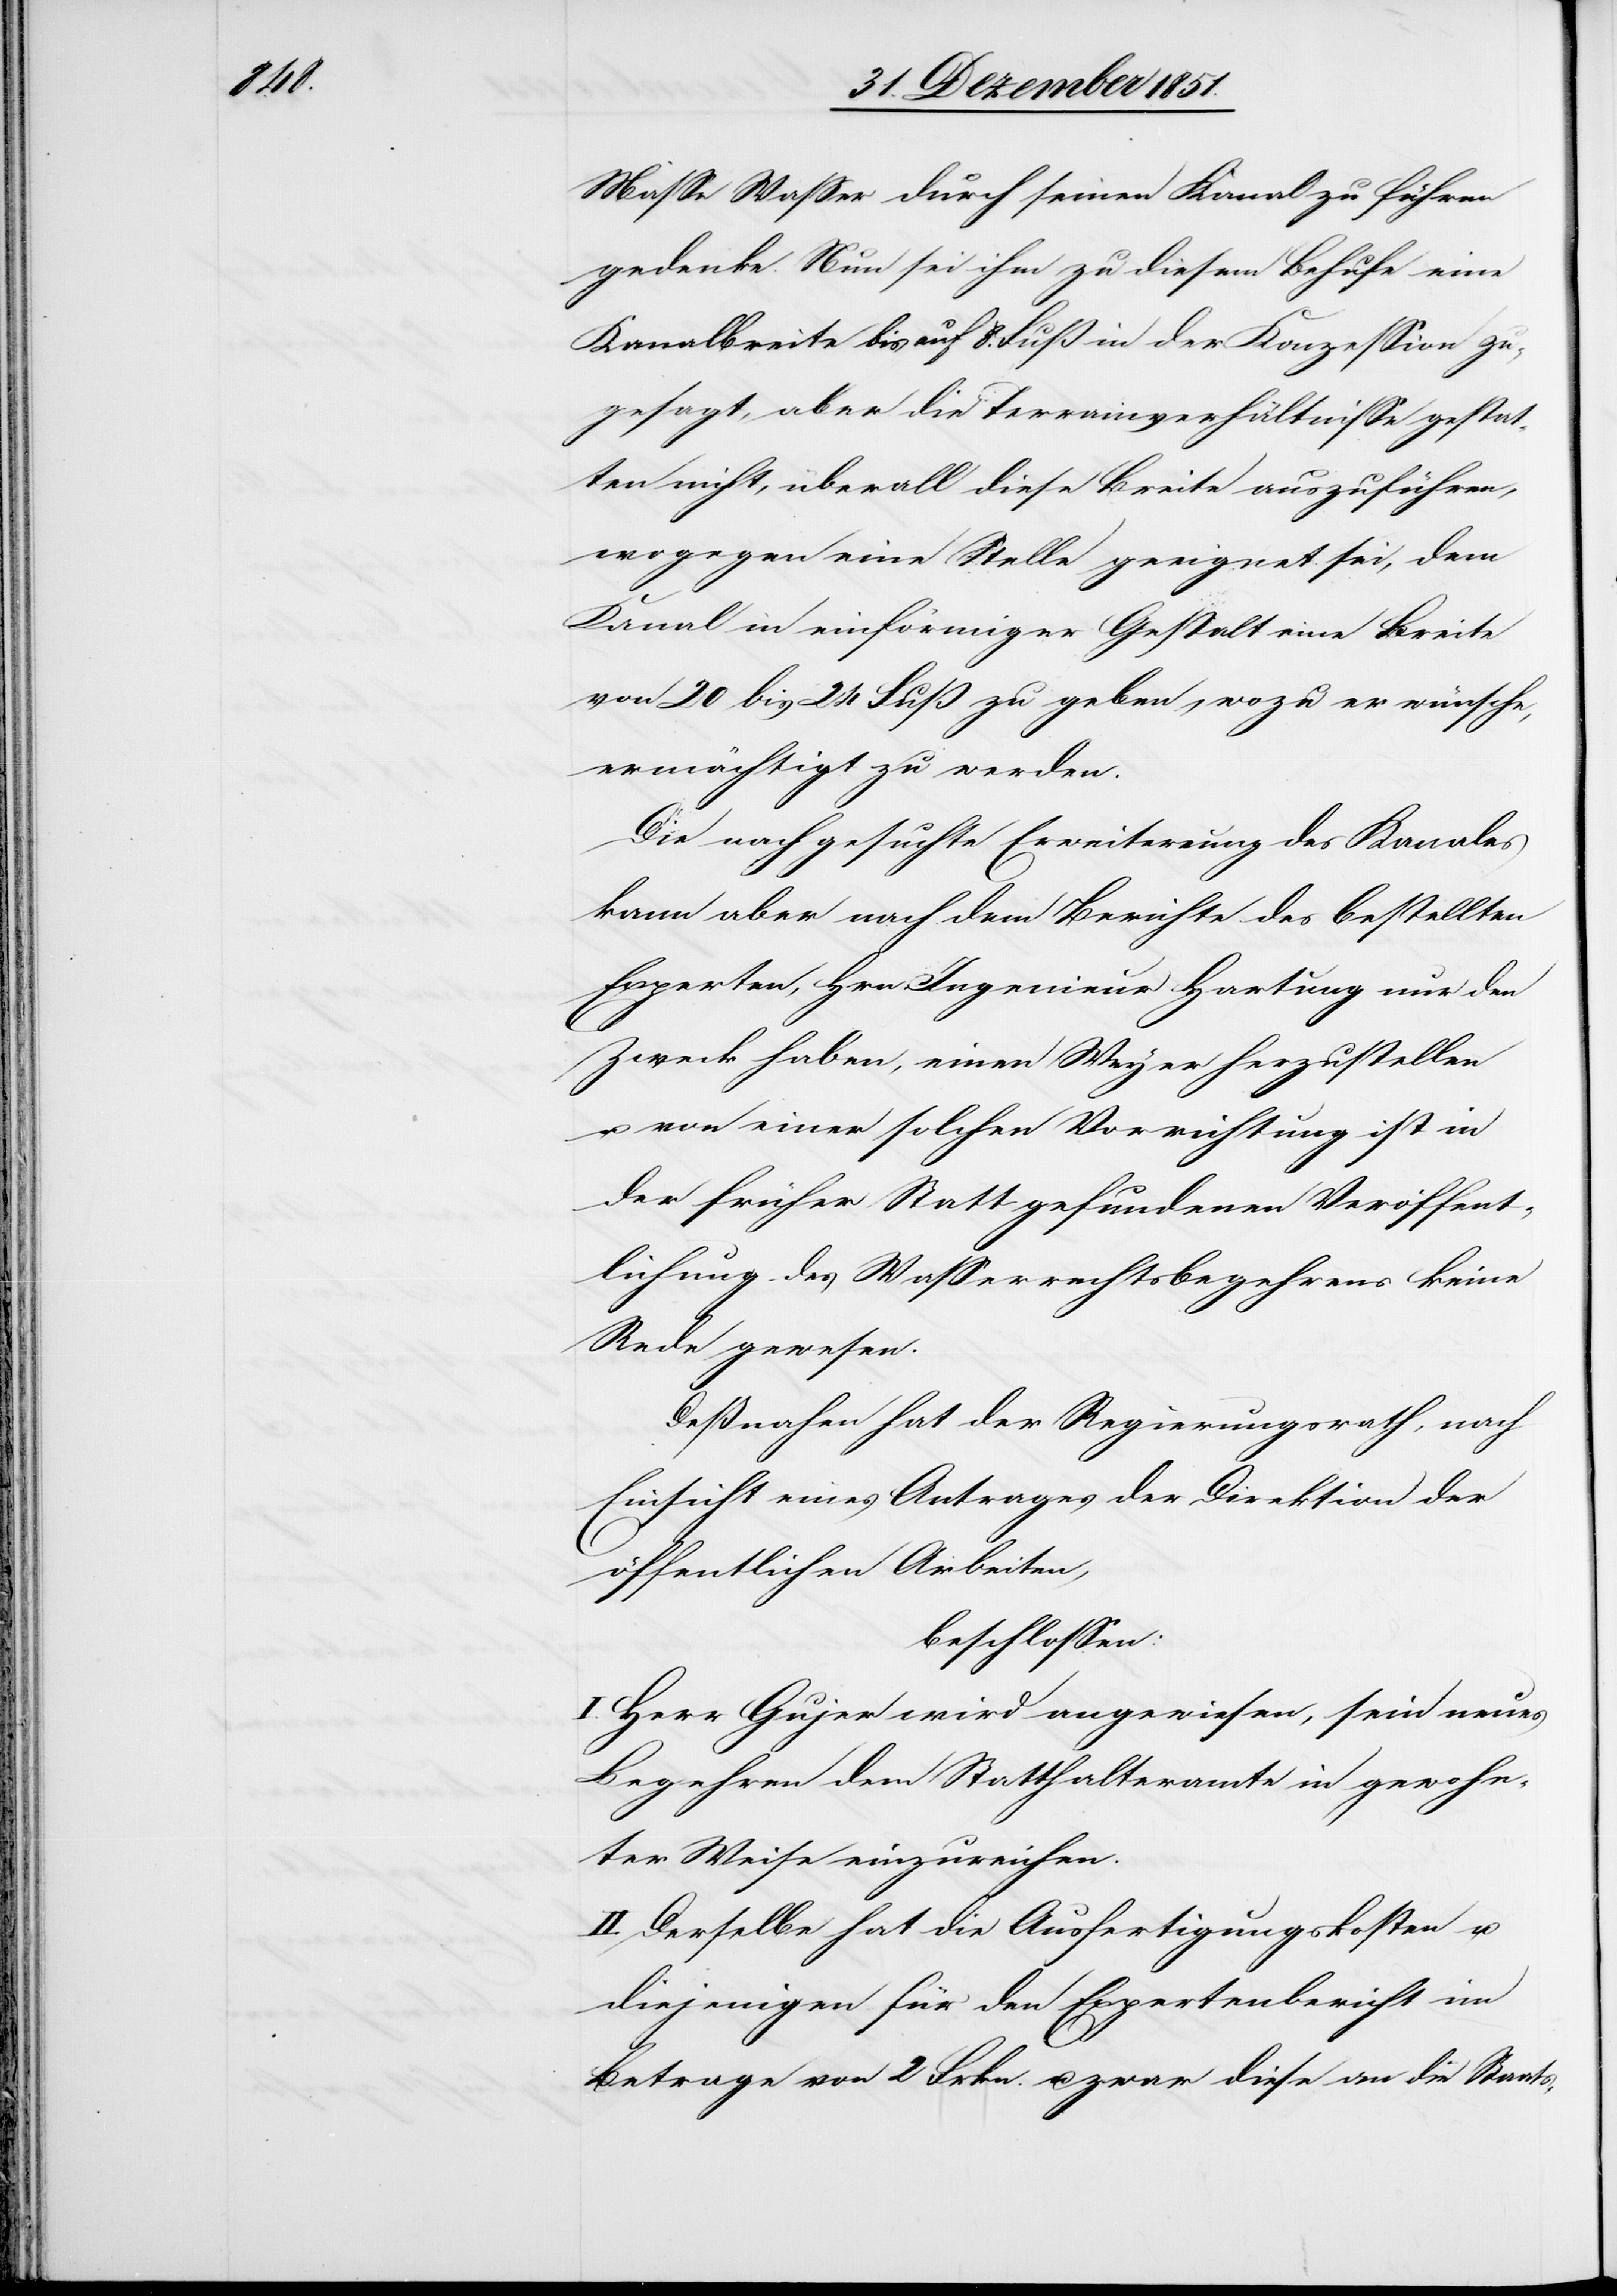
Masse Wasser durch seinen Kanal zu führen
gedenke. Nun sei ihm zu diesem Behufe eine
Kanalbreite bis auf 8. Fuß in der Konzession zu¬
gesagt, aber die Terrainverhältnisse gestat¬
ten nicht, überall diese Breite auszuführen,
wogegen eine Stelle geeignet sei, dem
Kanal in einförmiger Gestalt eine Breite
von 20 bis 24 Fuß zu geben, wozu er wünsche,
ermächtigt zu werden.
Die nachgesuchte Erweiterung des Kanales
kann aber nach dem Berichte des bestellten
Experten, Hrn. Ingenieur Hartung nur den
Zweck haben, einen Weyer herzustellen
u. von einer solchen Vorrichtung ist in
der früher Statt gefundenen Veröffent¬
lichung des Wasserrechtsbegehrens keine
Rede gewesen.
Deßnahen hat der Regierungsrath, nach
Einsicht eines Antrages der Direktion der
öffentlichen Arbeiten,
beschlossen:
I. Herr Gujer wird angewiesen, sein neues
Begehren dem Statthalteramte in gewohn¬
ter Weise einzureichen.
II. Derselbe hat die Ausfertigungskosten u.
diejenigen für den Expertenbericht im
Betrage von 2 Frkn. u. zwar diese an die Staats-